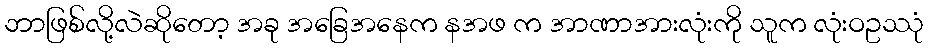
ဘာဖြစ်လို့လဲဆိုတော့ အခု အခြေအနေက နအဖ က အာဏာအားလုံးကို သူက လုံးဝဥဿုံ